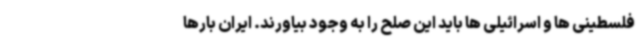
فلسطینی ها و اسرائیلی ها باید این صلح را به وجود بیاورند. ایران بارها